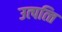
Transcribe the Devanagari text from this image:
उत्‍पत्‍ति